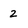
Character: 2